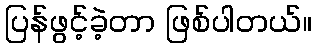
ပြန်ဖွင့်ခဲ့တာ ဖြစ်ပါတယ်။